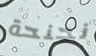
نحنحة